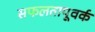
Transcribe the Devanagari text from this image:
सफलतापूवर्क